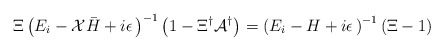
\begin{align*}\Xi\left(E_i - {\cal X}{\bar H}+i\epsilon\,\right)^{-1}\left(1-\Xi^{\dagger}{\cal A}^{\dagger}\right)=\left(E_i - H+i\epsilon\,\right)^{-1}\left(\Xi-1\right)\end{align*}